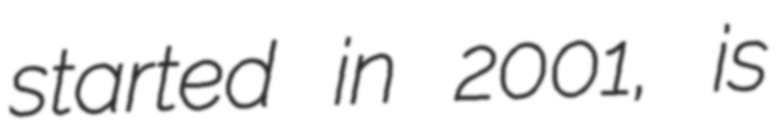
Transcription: started in 2001, is